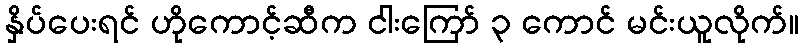
နှိပ်ပေးရင် ဟိုကောင့်ဆီက ငါးကြော် ၃ ကောင် မင်းယူလိုက်။